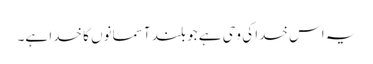
یہ اس خدا کی وحی ہے جو بلند آسمانوں کا خدا ہے۔